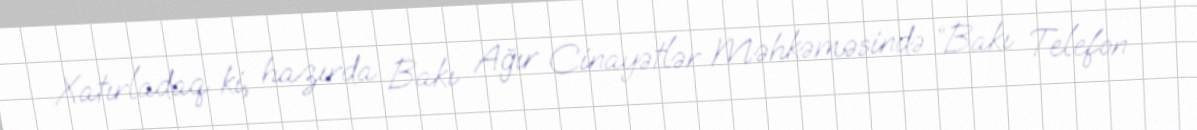
Xatırladaq ki, hazırda Bakı Ağır Cinayətlər Məhkəməsində “Bakı Telefon